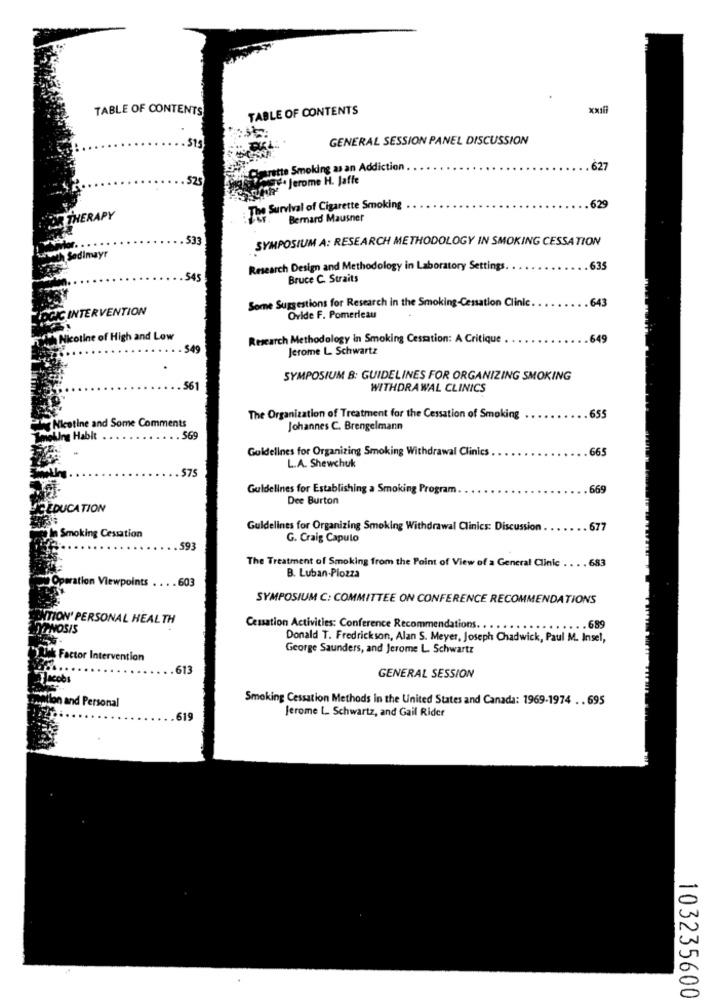
TABLE OF CONTENTS
TABLE OF CONTENTS
GENERAL SESSION PANEL DISCUSSION
14 Caprette Smoking as an Addiction
.627
525
RingJerome H. Jaffe
: The Survival of Cigarette Smoking
629
23 THERAPY
Bernard Mausner
533
SYMPOSIUM A: RESEARCH METHODOLOGY IN SMOKING CESSATION
Sedlmayr
Research Design and Methodology in Laboratory Settings.
635
545
Bruce C. Straits
Some Suggestions for Research in the Smoking-Cessation Clinic.
643
LOGIC INTERVENTION
Ovide F. Pomerleau
Nicotine of High and Lo
Research Methodology in Smoking Cessation: A Critique
649
$49
Jerome L. Schwartz
SYMPOSIUM 8: GUIDELINES FOR ORGANIZING SMOKING
561
WITHDRAWAL CLINICS
655
The Organization of Treatment for the Cessation of Smoking
Nicotine and Some Comments
Johannes C. Brengelmann
howling Hablt
569
Guidelines for Organizing Smoking Withdrawal Clinics
665
L.A. Shewchuk
$75
Guidelines for Establishing a Smoking Program
669
Dee Burton
EDUCATION
In Smoking Cessation
Guidelines for Organizing Smoking Withdrawal Clinics: Discussion
677
G. Craig Capulo
593
The Treatment of Smoking from the Point of View of a General Clinic .. . . 683
Operation Viewpoints
603
B. Luban-Plozza
SYMPOSIUM C: COMMITTEE ON CONFERENCE RECOMMENDATIONS
NTION' PERSONAL HEALTH
NOSIS
Cessation Activities: Conference Recommendations. .
.. 689
Donald T. Fredrickson, Alan S. Meyer, Joseph Chadwick, Paul M. Insel,
George Saunders, and Jerome L. Schwartz
("Link Factor Intervention
613
GENERAL SESSION
Smoking Cessation Methods in the United States and Canada: 1969-1974 .. 695
tion and Personal
Jerome L. Schwartz, and Gail Rider
619
103235600